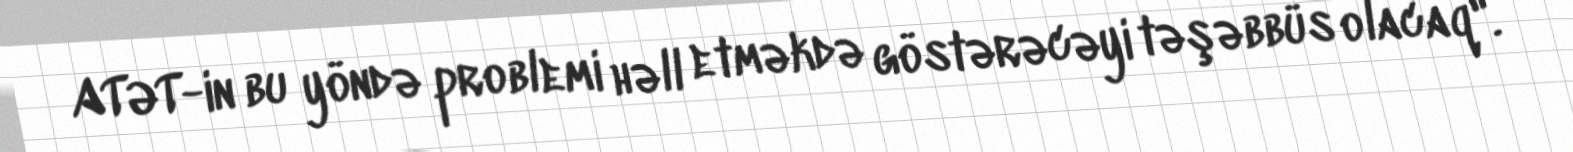
ATƏT-in bu yöndə problemi həll etməkdə göstərəcəyi təşəbbüs olacaq".